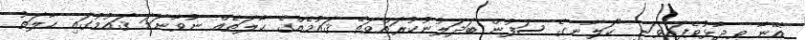
އޭނާ ވިދާޅުވެފައިވަނީ "ކަލާނގެ ސަފުން ބަދަލުނުކުރައްވަތޭ ޤައުމެއްގެ ޙާލަތެއް ނުވާނަމަ ޤައުމުގައި ޙާލަތު